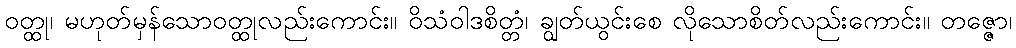
ဝတ္ထု၊ မဟုတ်မှန်သောဝတ္ထုလည်းကောင်း။ ဝိသံဝါဒစိတ္တံ၊ ချွတ်ယွင်းစေ လိုသောစိတ်လည်းကောင်း။ တဇ္ဇော၊